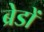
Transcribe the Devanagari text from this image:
ब्रेडों